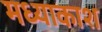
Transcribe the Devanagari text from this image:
मध्याकाश